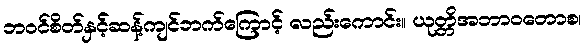
ဘဝင်စိတ်နှင့်ဆန့်ကျင်ဘက်ကြောင့် လည်းကောင်း။ ယုတ္တိအဘာဝတောစ၊